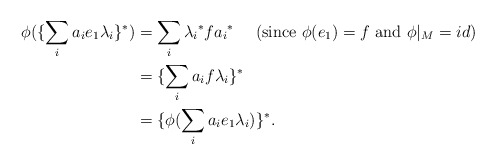
\begin{align*} \phi(\{\sum_ia_ie_1\lambda_i\}^*) & = \sum_i{\lambda_i}^*f{a_i}^*~~~~(\textrm{since}~\phi(e_1)= f~\textrm {and}~ {\phi}|_M = id)\\ & = \{\sum_ia_i f\lambda_i\}^*\\ & = \{\phi(\sum_ia_i e_1 \lambda_i)\}^*.\end{align*}